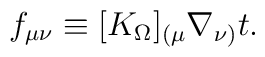
f_{\mu\nu} \equiv [K_\Omega]_{(\mu} \nabla_{\nu)}  t.